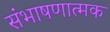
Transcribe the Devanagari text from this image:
संभाषणात्मक